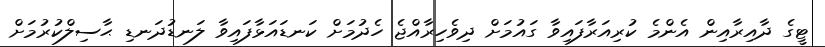
ޓީގެ ދާއިރާއިން އެންމެ ކުރިއަރާފައިވާ ގައުމަށް ދިވެހިރާއްޖެ ހެދުމަށް ކަނޑައަޅާފައިވާ ލަނޑުދަނޑި ޙާސިލްކުރުމަށް